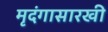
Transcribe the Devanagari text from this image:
मृदंगासारखी